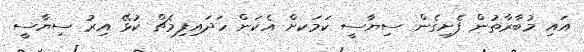
އައި މުބާރާތުން ފެށިގެން ސިޔާސީ ކަމަކށް އެކަން ހަދައިފިމެޗް ކުޅޭ އިރު ސިޔާސީ